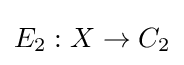
E_{2}:X\to C_{2}